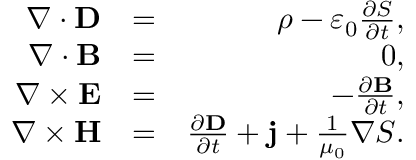
\begin{array} { r l r } { \nabla \cdot \mathbf { D } } & { = } & { \rho - \varepsilon _ { 0 } \frac { \partial S } { \partial t } , } \\ { \nabla \cdot \mathbf { B } } & { = } & { 0 , } \\ { \nabla \times \mathbf { E } } & { = } & { - \frac { \partial \mathbf { B } } { \partial t } , } \\ { \nabla \times \mathbf { H } } & { = } & { \frac { \partial \mathbf { D } } { \partial t } + \mathbf { j } + \frac { 1 } { \mu _ { 0 } } \nabla S . } \end{array}